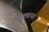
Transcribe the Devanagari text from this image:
सल्डाना